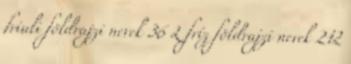
friuli földrajzi nevek‎ 36 L fríz földrajzi nevek‎ 212